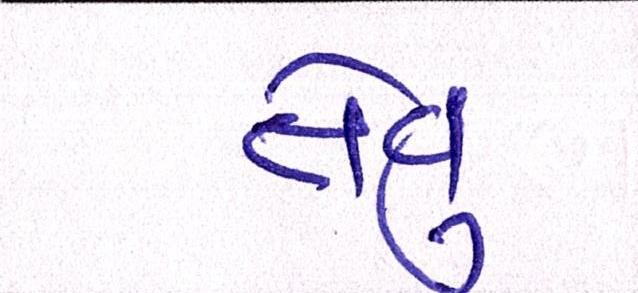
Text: તેવું